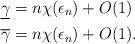
LaTeX: \begin{align*} \underline{\gamma} &= n \chi(\epsilon_n) + O(1) \\ \overline{\gamma} &= n \chi(\epsilon_n) + O(1). \end{align*}